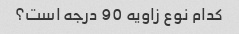
کدام نوع زاویه 90 درجه است؟